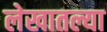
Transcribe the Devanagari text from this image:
लेखातल्या